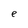
Character: e